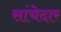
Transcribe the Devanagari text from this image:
सांचेदार